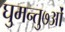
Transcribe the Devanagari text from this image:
घुमन्तु७ओं